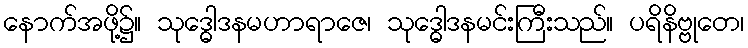
နောက်အဖို့၌။ သုဒ္ဓေါဒနမဟာရာဇေ၊ သုဒ္ဓေါဒနမင်းကြီးသည်။ ပရိနိဗ္ဗုတေ၊